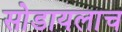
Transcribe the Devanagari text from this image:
सोडायलाच